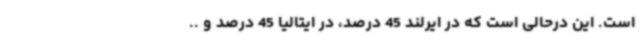
است. این درحالی است که در ایرلند 45 درصد، در ایتالیا 45 درصد و ..